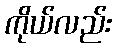
ကိုယ်လည်း